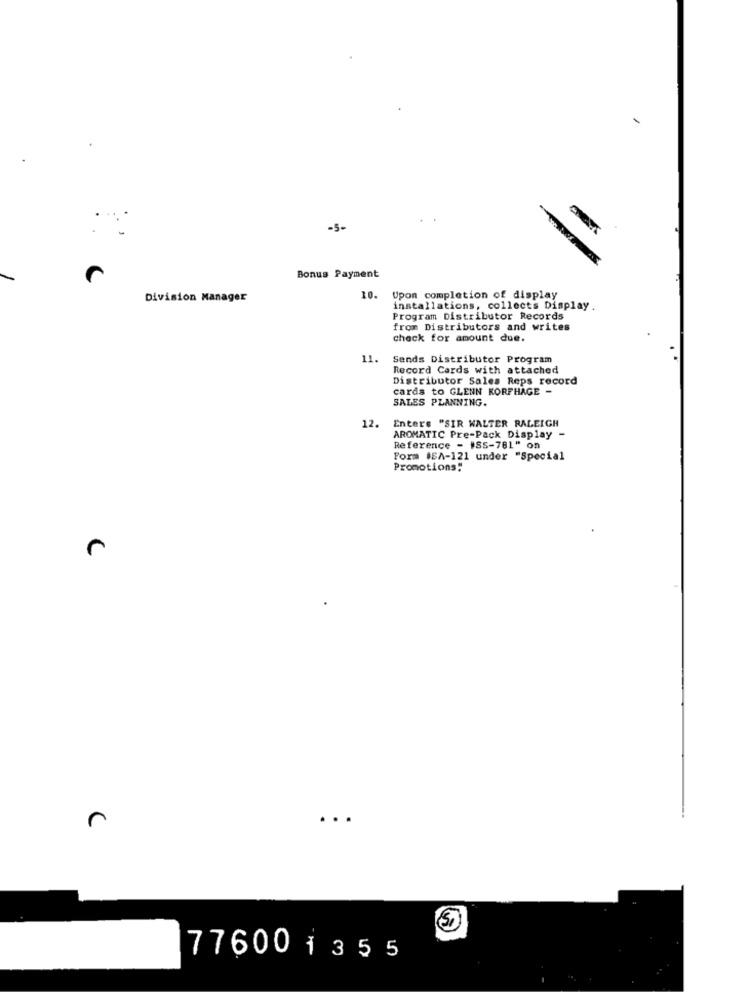
-5-
Bonus Payment
Division Manager
10.
Upon completion of display
installations, collects Display.
Program Distributor Records
from Distributors and writes
check for amount due.
11.
Sends Distributor Program
Record Cards with attached
Distributor Sales Reps record
cards to GLENN KORFHAGE -
SALES PLANNING.
Enters "SIR WALTER RALEIGH
12.
AROMATIC Pre-Pack Display -
Reference - ISS-781" on
Form ISA-121 under "Special
Promotions:
C
...
77600 1355